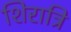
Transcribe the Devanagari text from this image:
शिरात्रि